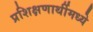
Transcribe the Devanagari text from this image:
प्रशिक्षणार्थीमध्ये